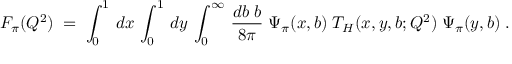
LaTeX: F _ { \pi } ( Q ^ { 2 } ) \; = \; \int _ { 0 } ^ { 1 } \, d x \, \int _ { 0 } ^ { 1 } \, d y \, \int _ { 0 } ^ { \infty } \, { \frac { d b \; b } { 8 \pi } } \; \Psi _ { \pi } ( x , b ) \; T _ { H } ( x , y , b ; Q ^ { 2 } ) \; \Psi _ { \pi } ( y , b ) \; .